Enquiry on enteric fever in India - Number 32
Disease focus: Fever
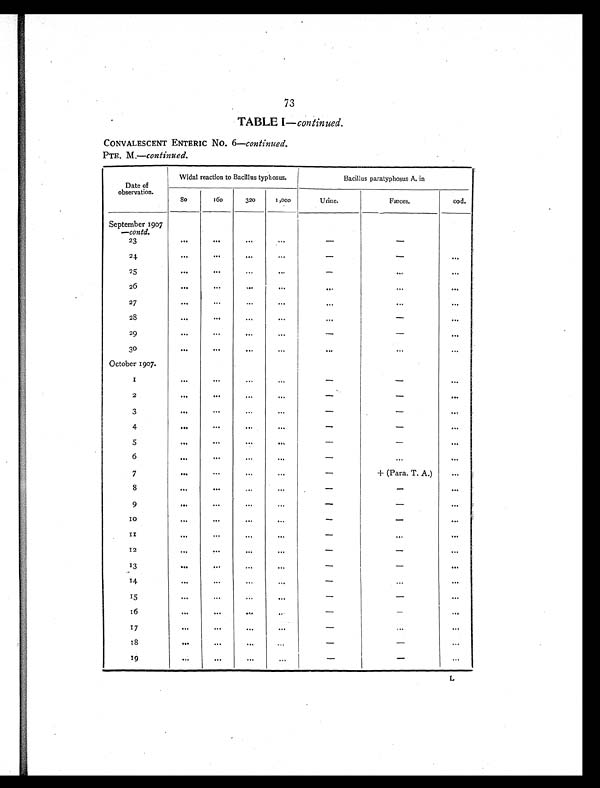
73
TABLE I— continued.
CONVALESCENT ENTERIC NO. 6—continued.
PTE. M.—continued.
Date of
observation.
Widal reaction to Bacillus typhosus.
Bacillus paratyphosus A. in
80
160
320
1,000
Urine.
Fæces.
ood.
September 1907
—contd.
23
. . .
. . .
. . .
. . .
-
-
24
. . .
. . .
. . .
. . .
-
-
. . .
25
...
. . .
. . .
. . .
-
. . .
. . .
26
. . .
. . .
. . .
. . .
. . .
. . .
. . .
27
...
...
. . .
. . .
. . .
. . .
. . .
28
. . .
...
. . .
. . .
. . .
-
. . .
29
. . .
. . .
. . .
. . .
-
-
. . .
30
. . .
. . .
. . .
. . .
. . .
...
. . .
October 1907.
1
. . .
. . .
. . .
. . .
-
-
. . .
2
...
...
. . .
...
-
-
. . .
3
. . .
. . .
...
...
-
-
. . .
4
. . .
. . .
. . .
. . .
-
-
. . .
5
. . .
. . .
. . .
. . .
-
-
. . .
6
. . .
. . .
. . .
. . .
-
. . .
. . .
7
. . .
. . .
. . .
...
-
+ (Para. T. A.)
...
8
. . .
. . .
. . .
. . .
-
-
. . .
9
...
. . .
. . .
. . .
-
-
. . .
10
. . .
. . .
. . .
. . .
-
-
. . .
1 1 . . .
...
. . .
. . .
-
. . .
. . .
12
. . .
. . .
. . .
. . .
-
-
...
13
. . .
. . .
. . .
. . .
-
-
. . .
14
. . .
. . .
. . .
. . .
-
. . .
. . .
1 5 . . .
. . .
. . .
. . .
-
-
. . .
16
. . .
. . .
. . .
. . .
-
-
. . .
17
. . .
. . .
. . .
. . .
-
. . .
. . .
1 8 . . .
. . .
. . .
. . .
-
-
. . .
19
. . .
. . .
. . .
. . .
-
-
. . .